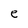
Character: e